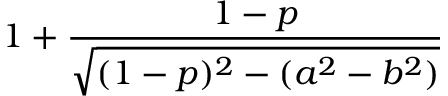
1 + { \frac { 1 - p } { \sqrt { ( 1 - p ) ^ { 2 } - ( a ^ { 2 } - b ^ { 2 } ) } } }